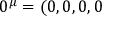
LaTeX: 0 ^ { \mu } = ( 0 , 0 , 0 , 0